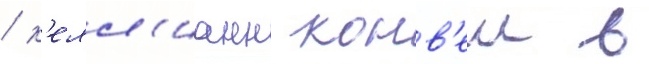
/ к'елл'ианн конв'еи в